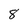
Character: 8